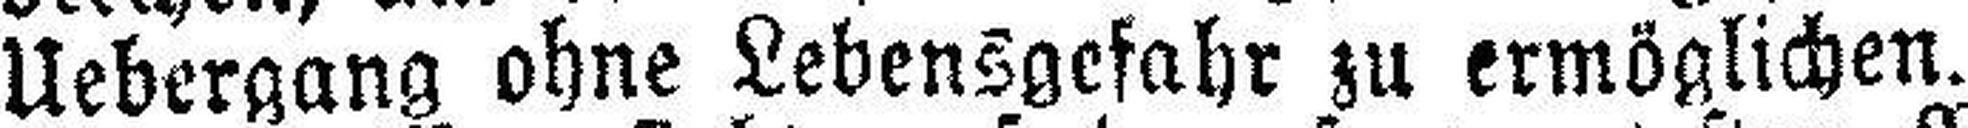
Uebergang ohne Lebensgefahr zu ermöglichen.